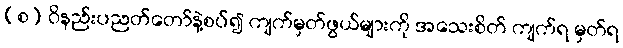
(စ) ဝိနည်းပညတ်တော်နဲ့စပ်၍ ကျက်မှတ်ဖွယ်များကို အသေးစိတ် ကျက်ရ မှတ်ရ